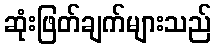
ဆုံးဖြတ်ချက်များသည်